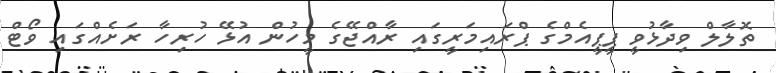
ތޮލާލް ވިދާޅުވީ ޕީޕީއެމްގެ ޕްރައިމަރީގައި ރާއްޖޭގެ މީހުން އުޅޭ ހުރިހާ ރަށެއްގައި ވޯޓް